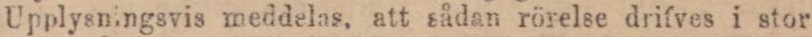
Upplysningsvis meddelas, att sådan rörelse drifves i stor